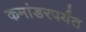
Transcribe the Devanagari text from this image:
कमांडरपर्यंत